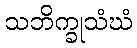
သဘိက္ခုသံဃံ